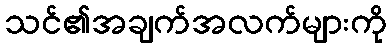
သင်၏အချက်အလက်များကို